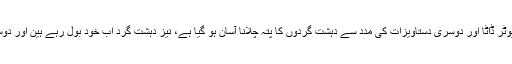
اسامہ بن لادن کے کمپاونڈ سے برآمد شدہ کمپیوٹر ڈاٹا اور دوسری دستاویزات کی مدد سے دہشت گردوں کا پتہ چلانا آسان ہو گیا ہے، نیز دہشت گرد اب خود بول رہے ہین اور دوسرے دہشت گردوں کے بارہ میں بتا رہے ہین۔